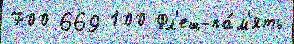
700 669 100 Фл'еш-па́м'ять